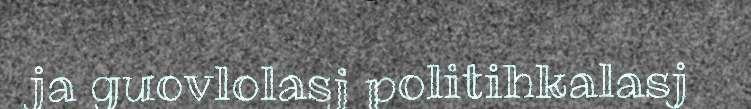
ja guovlolasj politihkalasj